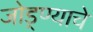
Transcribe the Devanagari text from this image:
जोड्ण्याचे